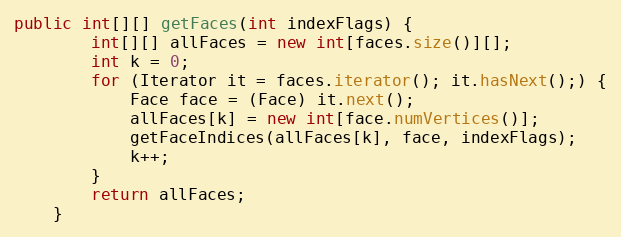
Language: Java
public int[][] getFaces(int indexFlags) {
        int[][] allFaces = new int[faces.size()][];
        int k = 0;
        for (Iterator it = faces.iterator(); it.hasNext();) {
            Face face = (Face) it.next();
            allFaces[k] = new int[face.numVertices()];
            getFaceIndices(allFaces[k], face, indexFlags);
            k++;
        }
        return allFaces;
    }